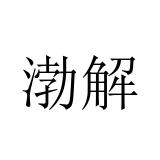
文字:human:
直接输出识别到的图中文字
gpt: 渤解